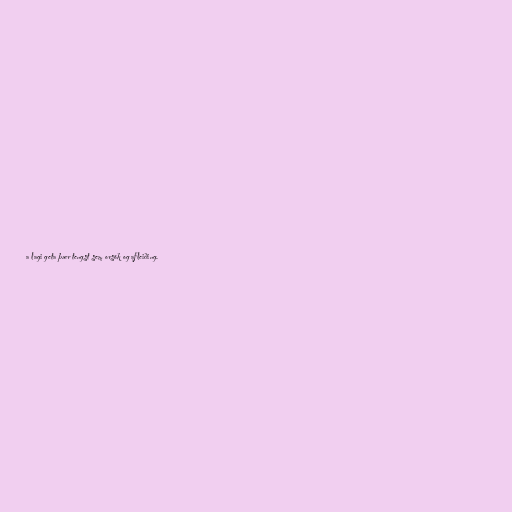
a lagi geta þær tengst sem orsök og afleiðing.